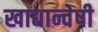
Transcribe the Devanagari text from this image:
खाद्यान्वेषी